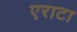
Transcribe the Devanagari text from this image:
एराटा